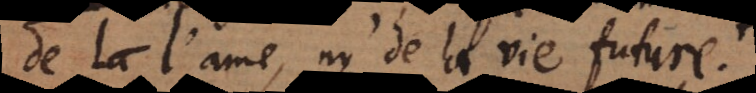
de l’ame, ny de la vie future.